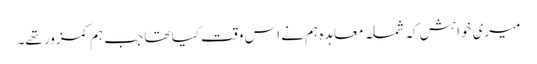
میری خواہش کہ شملہ معاہدہ ہم نے اس وقت کیا تھا جب ہم کمزور تھے۔